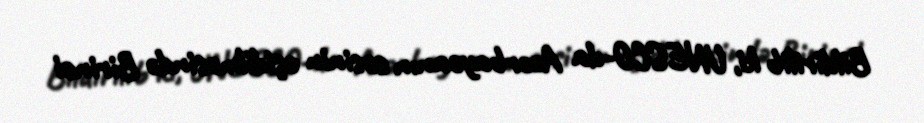
Bildirilib ki, UNESCO-da Azərbaycanın səsinin eşidilməsində Birinci